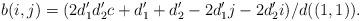
LaTeX: \begin{align*}b(i,j)=(2d'_1d'_2c + d'_1 +d'_2 - 2d'_1 j - 2d'_2 i)/d((1,1)).\end{align*}